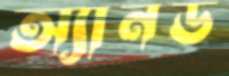
অ্যানড